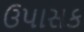
ઉપાસક